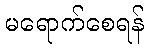
မရောက်စေရန်